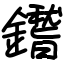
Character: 鑙